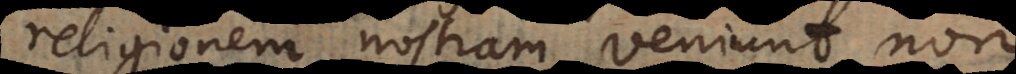
religionem nostram veniunt, non